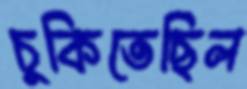
চুকিতেছিল